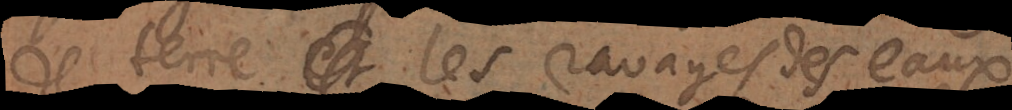
de terre, et les ravages des eaux,